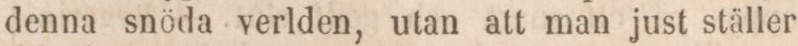
denna snöda verlden, utan att man just ställer